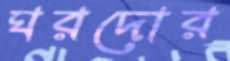
ঘরদোর